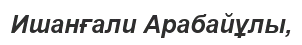
Ишанғали Арабайұлы,